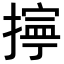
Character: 𢴕